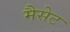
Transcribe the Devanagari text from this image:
मैसेट